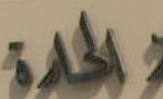
الحادة